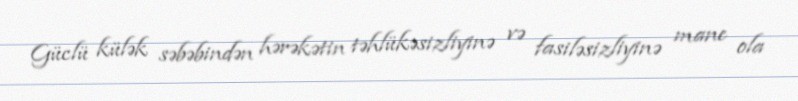
Güclü külək səbəbindən hərəkətin təhlükəsizliyinə və fasiləsizliyinə mane ola